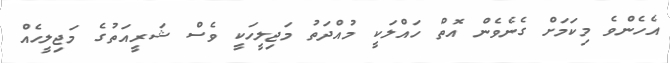
އެހެންވެ މިކަމަށް ގެނެވެން އޮތް ހައްލަކީ މުއްދަތު މަޖިލީހަކީ ވެސް ޝަރީއަތުގެ މަޖިލީހެއް